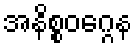
အနိစ္စဝဂ္ဂေန